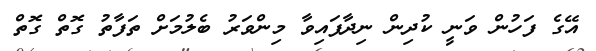
އޭގެ ފަހުން ވަނީ ކުދިން ނިދާފައިވާ މިންވަރު ބެލުމަށް ތަފާތު ގޮތް ގޮތް